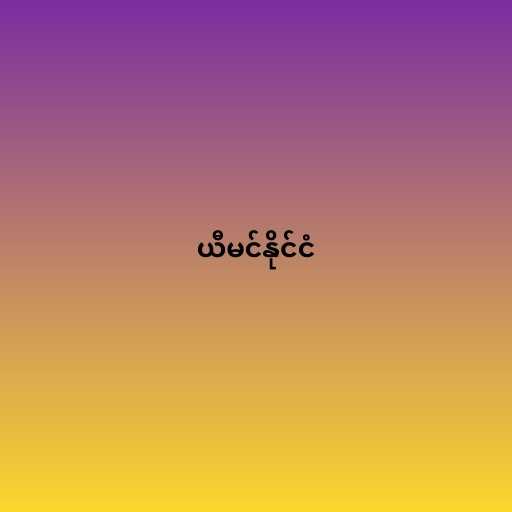
ယီမင်နိုင်ငံ